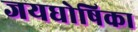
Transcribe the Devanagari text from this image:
जयघोषिका